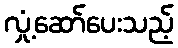
လှုံ့ဆော်ပေးသည့်